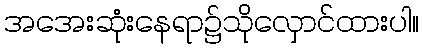
အအေးဆုံးနေရာ၌သိုလှောင်ထားပါ။